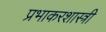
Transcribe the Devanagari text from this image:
प्रभाकरशास्त्री